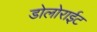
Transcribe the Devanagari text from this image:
डोलोराईट